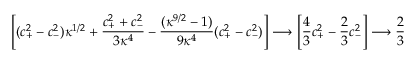
\left[ ( c _ { + } ^ { 2 } - c _ { - } ^ { 2 } ) \kappa ^ { 1 / 2 } + \frac { c _ { + } ^ { 2 } + c _ { - } ^ { 2 } } { 3 \kappa ^ { 4 } } - \frac { ( \kappa ^ { 9 / 2 } - 1 ) } { 9 \kappa ^ { 4 } } ( c _ { + } ^ { 2 } - c _ { - } ^ { 2 } ) \right] \longrightarrow \left[ \frac { 4 } { 3 } c _ { + } ^ { 2 } - \frac { 2 } { 3 } c _ { - } ^ { 2 } \right] \longrightarrow \frac { 2 } { 3 }